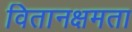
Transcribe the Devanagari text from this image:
वितानक्षमता